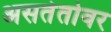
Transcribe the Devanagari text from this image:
असतेतोवर